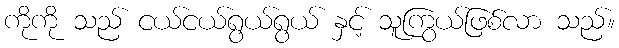
ကိုကို သည် ငယ်ငယ်ရွယ်ရွယ် နှင့် သူကြွယ်ဖြစ်လာ သည်။